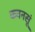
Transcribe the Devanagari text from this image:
कवनसूं